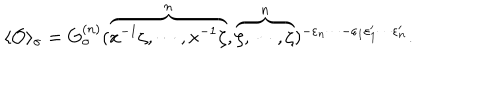
\langle { \cal O } \rangle _ { \sigma } = G _ { \sigma } ^ { ( n ) } ( \overbrace { x ^ { - 1 } \zeta , \cdots , x ^ { - 1 } \zeta } ^ { n } , \overbrace { \zeta , \cdots , \zeta } ^ { n } ) ^ { - \varepsilon _ { n } \cdots - \varepsilon _ { 1 } \varepsilon _ { 1 } ^ { \prime } \cdots \varepsilon _ { n } ^ { \prime } } .